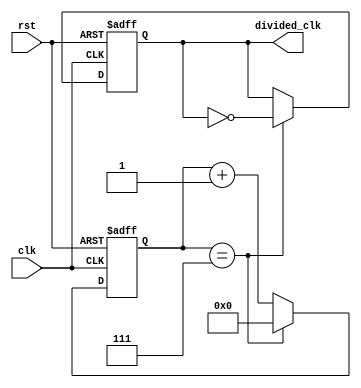
module RippleCounterClockDivider(
    input clk,
    input rst,
    output reg divided_clk
);

reg [3:0] count;

always @(posedge clk or posedge rst) begin
    if (rst) begin
        count <= 0;
        divided_clk <= 0;
    end else begin
        if (count == 7) begin
            count <= 0;
            divided_clk <= ~divided_clk;
        end else begin
            count <= count + 1;
            divided_clk <= divided_clk;
        end
    end
end

endmodule